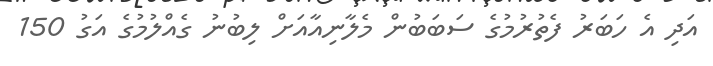
އަދި އެ ހަބަރު ފެތުރުމުގެ ސަބަބުން މެލާނިއާއަށް ލިބުނު ގެއްލުމުގެ އަގު 150